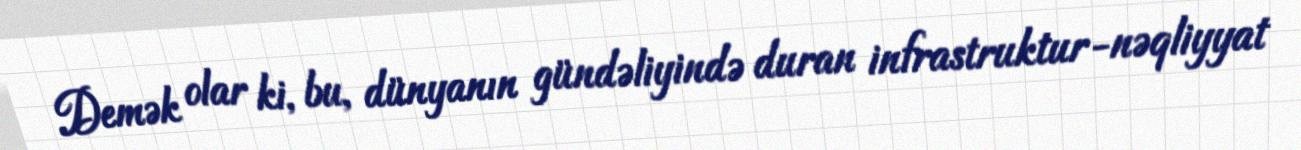
Demək olar ki, bu, dünyanın gündəliyində duran infrastruktur-nəqliyyat